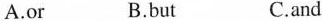
A.or B.but C.and